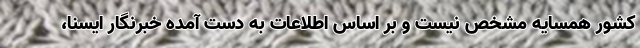
کشور همسایه مشخص نیست و بر اساس اطلاعات به دست آمده خبرنگار ایسنا،